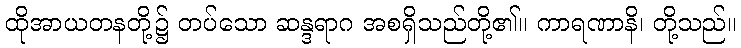
ထိုအာယတနတို့၌ တပ်သော ဆန္ဒရာဂ အစရှိသည်တို့၏။ ကာရဏာနိ၊ တို့သည်။